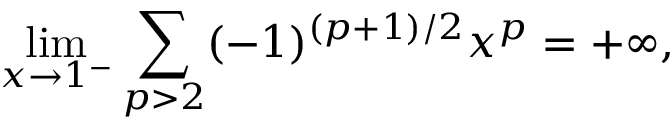
\operatorname* { l i m } _ { x \to 1 ^ { - } } \sum _ { p > 2 } ( - 1 ) ^ { ( p + 1 ) / 2 } x ^ { p } = + \infty ,